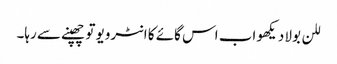
للن بولا دیکھو اب اس گائے کا انٹرویو تو چھپنے سے رہا۔